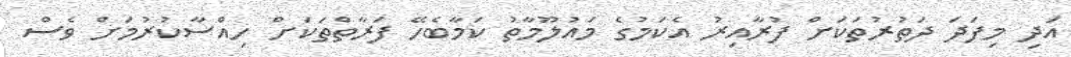
އަދި މިފަދަ ދަތުރުތަކަށް ފުރާއިރު އެކަމުގެ މައުލޫމާތު ކަމާބެހޭ ފަރާތްތަކަށް ހިއްސާކުރުމަށް ވެސް